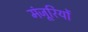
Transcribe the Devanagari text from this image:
मंजूरियों